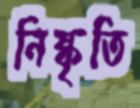
নিষ্কৃতি